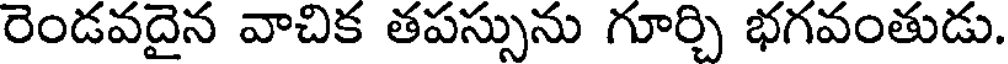
రెండవదైన వాచిక తపస్సును గూర్చి భగవంతుడు.